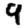
Digit: 9